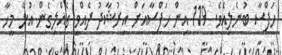
ހަފްސާ ބުނެލިއެވެ. 119 އިން ހަފްސާއަށް އިރުޝާދު ދެއްވީ ގެއްލިގެން އުޅޭ މީހާ